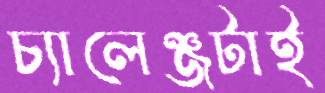
চ্যালেঞ্জটাই